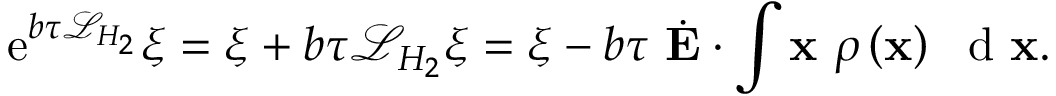
\mathrm { e } ^ { b \tau \mathcal { L } _ { H _ { 2 } } } \xi = \xi + b \tau \mathcal { L } _ { H _ { 2 } } \xi = \xi - b \tau \ \dot { \bf E } \cdot \int { { \bf x } \ \rho \left( { \bf x } \right) \ \mathrm { ~ d ~ } { \bf x } } .